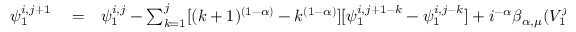
\begin{array} { r l r } { \psi _ { 1 } ^ { i , j + 1 } } & { { } = } & { \psi _ { 1 } ^ { i , j } - \sum _ { k = 1 } ^ { j } [ ( k + 1 ) ^ { ( 1 - \alpha ) } - k ^ { ( 1 - \alpha ) } ] [ \psi _ { 1 } ^ { i , j + 1 - k } - \psi _ { 1 } ^ { i , j - k } ] + i ^ { - \alpha } \beta _ { \alpha , \mu } ( V _ { 1 } ^ { j } \psi _ { 2 } ^ { i , j } + V _ { 1 } ^ { j + 1 } \psi _ { 2 } ^ { i , j + 1 } ) } \end{array}